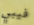
فيبي